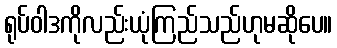
ရုပ်ဝါဒကိုလည်းယုံကြည်သည်ဟုမဆိုပေ။